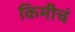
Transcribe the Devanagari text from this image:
किमीचं